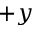
+ y